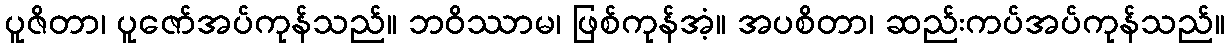
ပူဇိတာ၊ ပူဇော်အပ်ကုန်သည်။ ဘဝိဿာမ၊ ဖြစ်ကုန်အံ့။ အပစိတာ၊ ဆည်းကပ်အပ်ကုန်သည်။